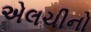
એલચીનો